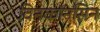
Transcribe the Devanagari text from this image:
विनकॉनसिन